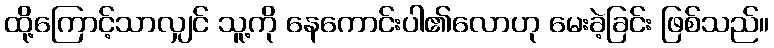
ထို့ကြောင့်သာလျှင် သူ့ကို နေကောင်းပါ၏လောဟု မေးခဲ့ခြင်း ဖြစ်သည်။